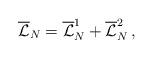
LaTeX: \begin{align*}{\overline {\mathcal L}}_{N}={\overline {\mathcal L}}_{N}^1+{\overline {\mathcal L}}_{N}^2\, ,\end{align*}